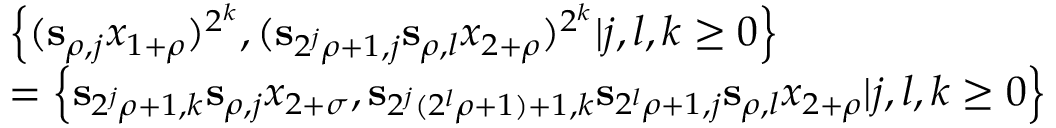
\begin{array} { r l } & { \left\{ ( \mathbf { s } _ { \rho , j } x _ { 1 + \rho } ) ^ { 2 ^ { k } } , ( \mathbf { s } _ { 2 ^ { j } \rho + 1 , j } \mathbf { s } _ { \rho , l } x _ { 2 + \rho } ) ^ { 2 ^ { k } } | j , l , k \geq 0 \right\} } \\ & { = \left\{ \mathbf { s } _ { 2 ^ { j } \rho + 1 , k } \mathbf { s } _ { \rho , j } x _ { 2 + \sigma } , \mathbf { s } _ { 2 ^ { j } ( 2 ^ { l } \rho + 1 ) + 1 , k } \mathbf { s } _ { 2 ^ { l } \rho + 1 , j } \mathbf { s } _ { \rho , l } x _ { 2 + \rho } | j , l , k \geq 0 \right\} } \end{array}